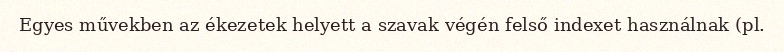
Egyes művekben az ékezetek helyett a szavak végén felső indexet használnak (pl.